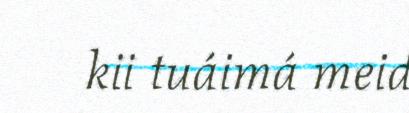
kii tuáimá meid